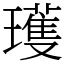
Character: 瓁